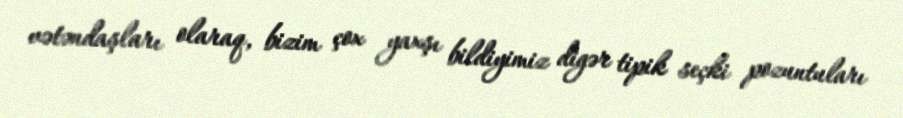
vətəndaşları olaraq, bizim çox yaxşı bildiyimiz digər tipik seçki pozuntuları